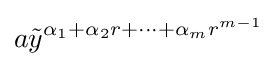
a{\tilde {y}}^{\alpha _{1}+\alpha _{2}r+\cdots +\alpha _{m}r^{m-1}}